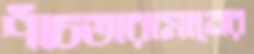
পাঁচতারামানের